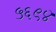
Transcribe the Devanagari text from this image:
५६९४